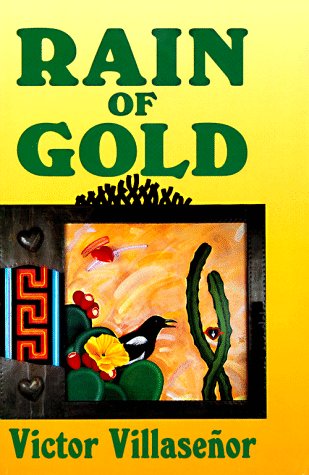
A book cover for Rain of Gold; Victor Villasenor; Literature & Fiction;